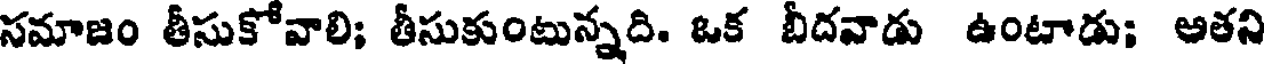
సమాజం తీసుకోవాలి; తీసుకుంటున్నది. ఒక బీదవాడు ఉంటాడు; అతని